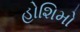
હોશિમો